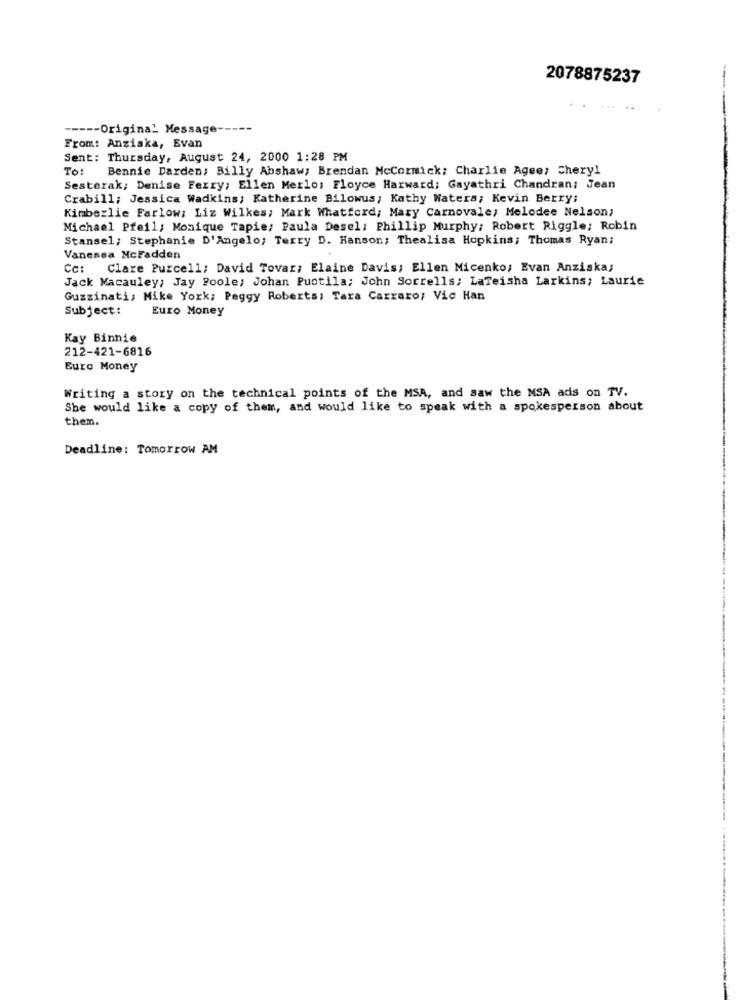
2078875237
---- Original Message
-----
From: Anziska, Evan
Sent: Thursday, August 24, 2000 1:28 PM
To: Bennie Darden; Billy Abshaw; Brendan McCormick: Charlie Agee; Cheryl
Sesterak; Denise Ferry; Ellen Merlo: Floyce Harward; Gayathri Chandran; Jean
Crabill; Jessica Wadkins; Katherine Bilowus; Kathy Waters; Kevin Berry:
Kimberlie Farlow: Liz Wilkes; Mark Whatford; Mary Carnovale; Melodee Nelson;
Michael Pfeil, Monique Tapie: Paula Desel: Phillip Murphy: Robert Riggle: Robin
Stansel; Stephanie D'Angelo; Terry D. Hanson; Thealisa Hopkins; Thomas Ryan;
Vanessa McFadden
Cc: Clare Purcell; David Tovar; Elaine Davis; Ellen Micenko; Evan Anziska;
Jack Macauley; Jay Poole; Johan Puotila; John Sorrells; LaTeisha Larkins; Laurie
Guzzinati, Mike York; Peggy Roberts; Tara Carraro; Vic Han
Subject:
Euro Money
Kay Binnie
212-421-6816
Euro Money
Writing a story on the technical points of the MSA, and saw the MSA ads on TV.
She would like a copy of them, and would like to speak with a spokesperson about
them.
Deadline: Tomorrow AM